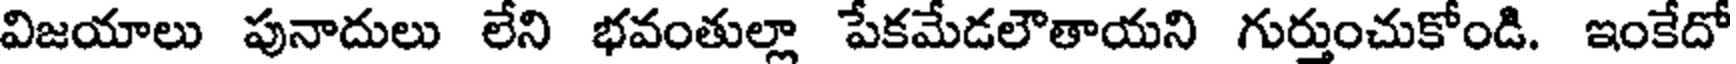
విజయాలు పునాదులు లేని భవంతుల్లా పేకమేడలౌతాయని గుర్తుంచుకోండి. ఇంకేదో